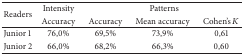
<table><thead><tr><td rowspan="2"><b>Readers</b></td><td><b>Intensity</b></td><td colspan="3"><b>Patterns</b></td></tr><tr><td><b>Accuracy</b></td><td><b>Accuracy</b></td><td><b>Mean accuracy</b></td><td><b>Cohen&#x27;s <i>K</i></b></td></tr></thead><tbody><tr><td>Junior 1</td><td>76,0%</td><td>69,5%</td><td>73,9%</td><td>0,61</td></tr><tr><td>Junior 2</td><td>66,0%</td><td>68,2%</td><td>66,3%</td><td>0,60</td></tr></tbody></table>